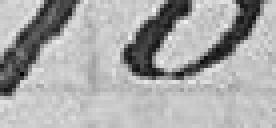
170.